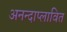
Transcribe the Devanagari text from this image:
अनन्दाप्लावित